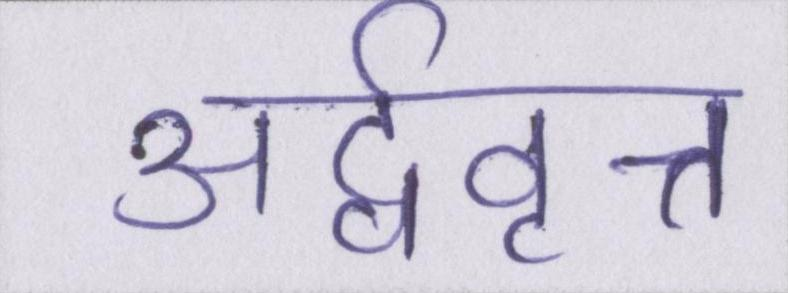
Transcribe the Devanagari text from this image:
अर्द्ववृत्त